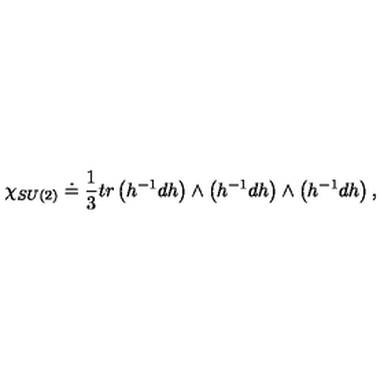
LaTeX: \chi _ { S U ( 2 ) } \doteq \frac { 1 } { 3 } t r \left( h ^ { - 1 } d h \right) \wedge \left( h ^ { - 1 } d h \right) \wedge \left( h ^ { - 1 } d h \right) ,